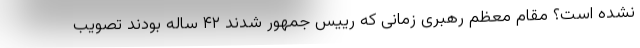
نشده است؟ مقام معظم رهبری زمانی که رییس جمهور شدند ۴۲ ساله بودند تصویب